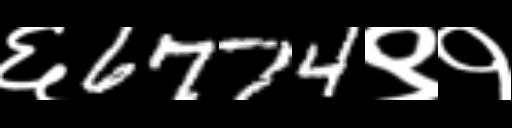
Text: ६6774९१